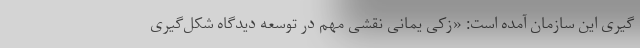
گیری این سازمان آمده است: «زکی یمانی نقشی مهم در توسعه دیدگاه شکل‌گیری